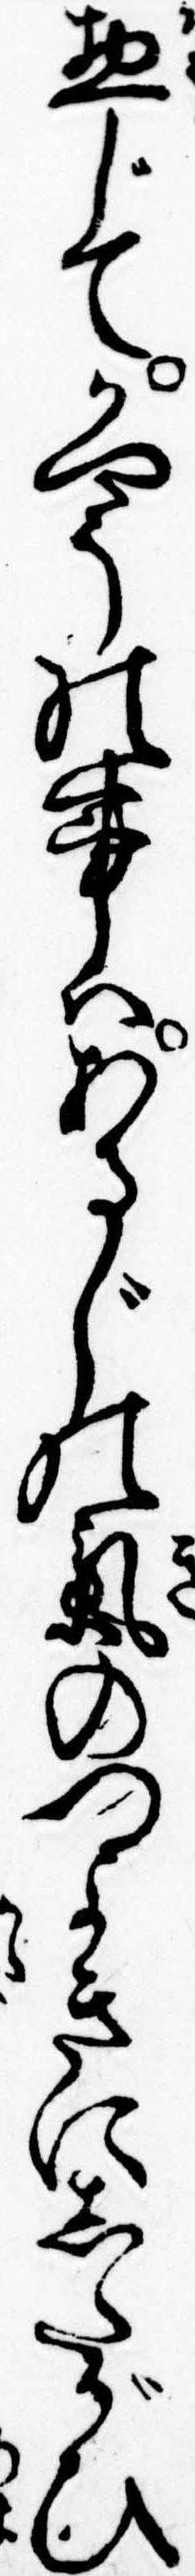
惣じてかやうの事はあるじの気のつよきにしたがひ